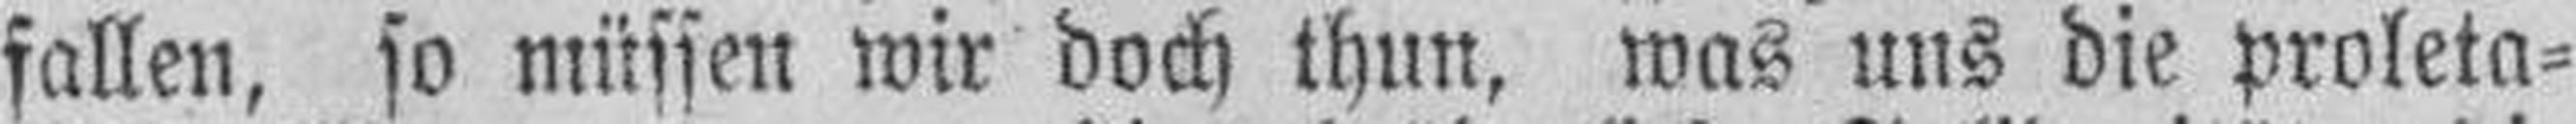
fallen, so müssen wir doch thun, was uns die proleta¬